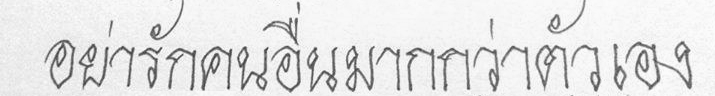
อย่ารักคนอื่นมากกว่าตัวเอง